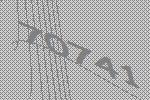
70741